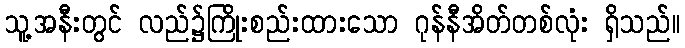
သူ့အနီးတွင် လည်၌ကြိုးစည်းထားသော ဂုန်နီအိတ်တစ်လုံး ရှိသည်။